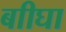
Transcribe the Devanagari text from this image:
बाीघा